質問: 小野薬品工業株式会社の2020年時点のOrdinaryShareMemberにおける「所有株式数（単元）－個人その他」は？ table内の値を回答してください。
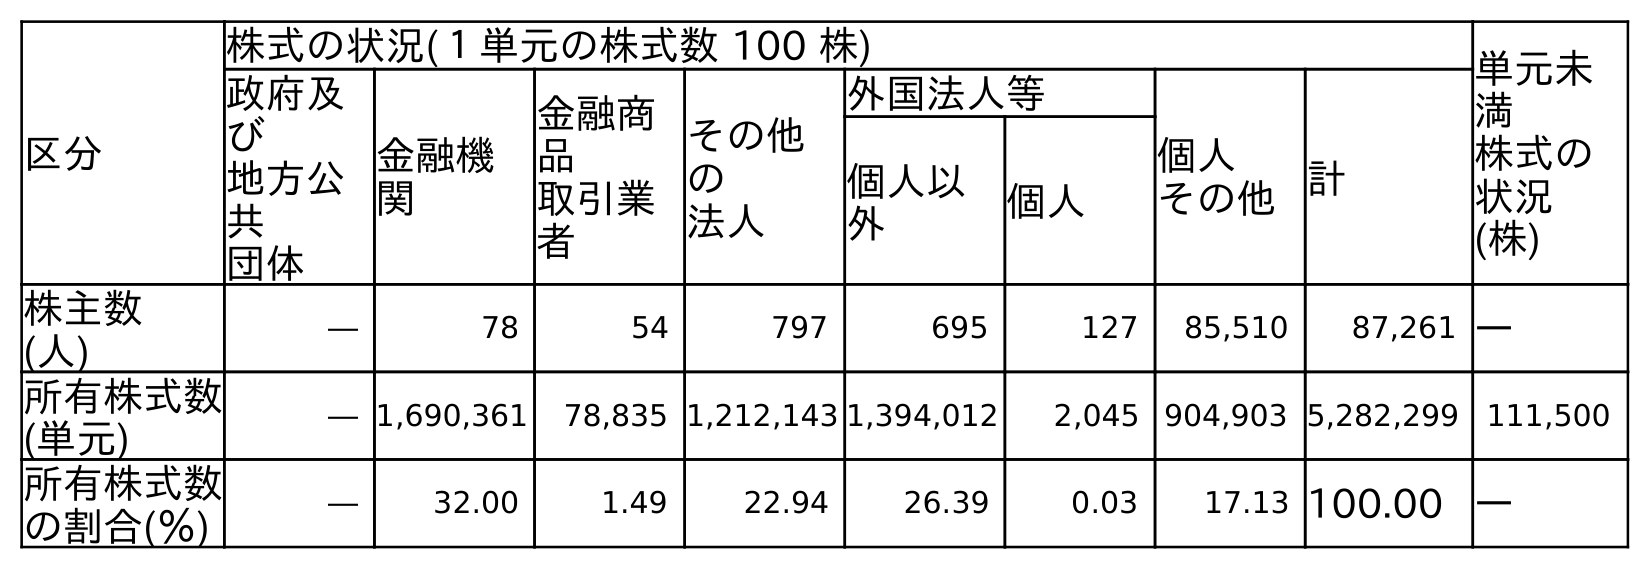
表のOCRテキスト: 区分 株式の状況(１単元の株式数 100 株) 単元未 満 株式の 状況 (株) 政府及 び 地方公 共 団体 金融機 関 金融商 品 取引業 者 その他 の 法人 外国法人等 個人 その他計 個人以 外 個人 株主数 (人) ― 78 54 797 695 127 85,510 87,261 ― 所有株式数 (単元) ― 1,690,361 78,835 1,212,143 1,394,012 2,045 904,903 5,282,299 111,500 所有株式数 の割合(％) ― 32.00 1.49 22.94 26.39 0.03 17.13 100.00 ―
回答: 904,903